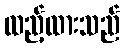
ထည့်ထားသည်